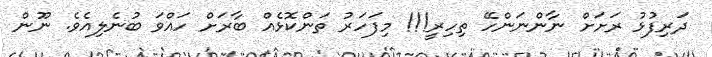
ދަރިފުޅު ރަށަށް ނާންނަންހޭ ތިހިރީ!!! މިފަހަރު ތަންކޮޅެއް ބާރަށް ހައްވަ ބުނެލިއެވެ. ނޫން